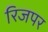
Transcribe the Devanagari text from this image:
रिजपर